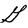
Character: G